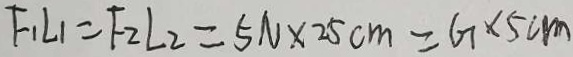
F _ { 1 } L _ { 1 } = F _ { 2 } L _ { 2 } = 5 N \times 2 5 c m = 6 7 \times 5 c m